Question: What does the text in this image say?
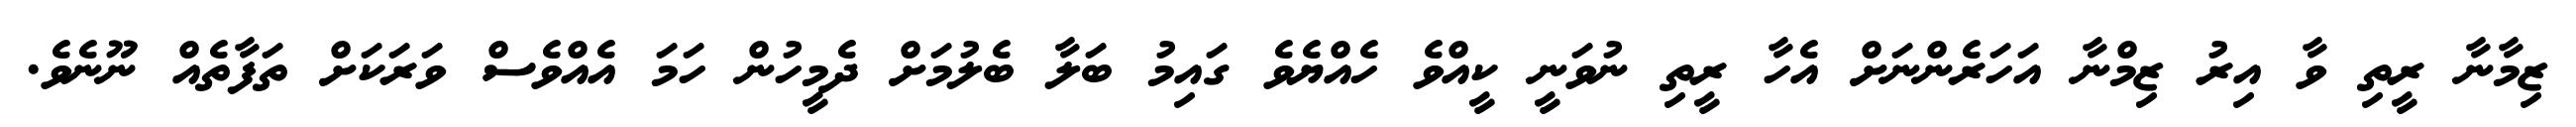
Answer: ޒިމާނާ ރީތި ވާ އިރު ޒިމްނާ އަހަރެންނަށް އެހާ ރީތި ނުވަނީ ކީއްވެ ހެއްޔެވެ ގައިމު ބަލާ ބެލުމަށް ދެމީހުން ހަމަ އެއްވެސް ވަރަކަށް ތަފާތެއް ނޫނެވެ.